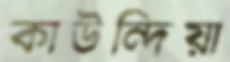
কাউন্দিয়া